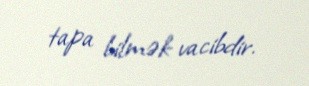
tapa bilmək vacibdir.